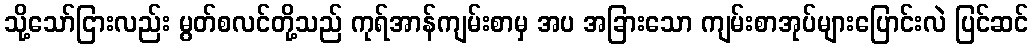
သို့သော်ငြားလည်း မွတ်စလင်တို့သည် ကုရ်အာန်ကျမ်းစာမှ အပ အခြားသော ကျမ်းစာအုပ်များပြောင်းလဲ ပြင်ဆင်